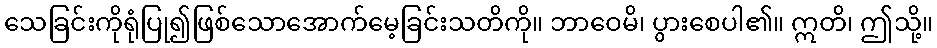
သေခြင်းကိုရုံပြု၍ဖြစ်သောအောက်မေ့ခြင်းသတိကို။ ဘာဝေမိ၊ ပွားစေပါ၏။ ဣတိ၊ ဤသို့။